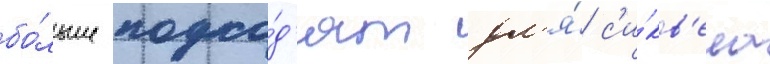
бо́льше подхо́д'ят дл'я́ с'и́кв'ела